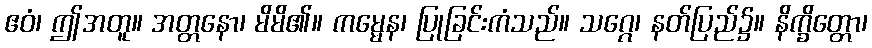
ဧဝံ၊ ဤအတူ။ အတ္တနော၊ မိမိ၏။ ကမ္မေန၊ ပြုခြင်းကံသည်။ သဂ္ဂေ၊ နတ်ပြည်၌။ နိက္ခိတ္တော၊